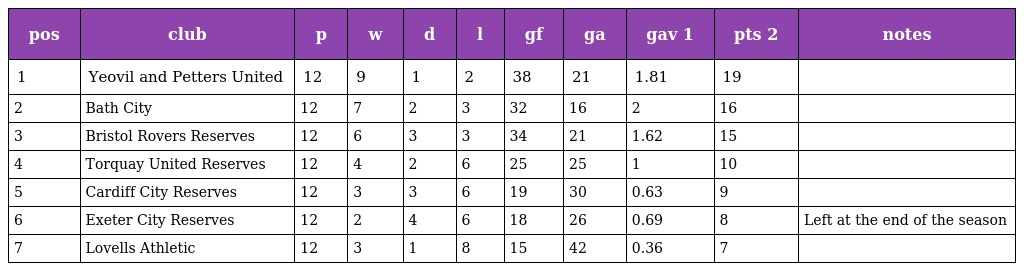
| pos | club | p | w | d | l | gf | ga | gav 1 | pts 2 | notes |
 | --- | --- | --- | --- | --- | --- | --- | --- | --- | --- | --- |
 | 1 | Yeovil and Petters United | 12 | 9 | 1 | 2 | 38 | 21 | 1.81 | 19 |  |
 | 2 | Bath City | 12 | 7 | 2 | 3 | 32 | 16 | 2 | 16 |  |
 | 3 | Bristol Rovers Reserves | 12 | 6 | 3 | 3 | 34 | 21 | 1.62 | 15 |  |
 | 4 | Torquay United Reserves | 12 | 4 | 2 | 6 | 25 | 25 | 1 | 10 |  |
 | 5 | Cardiff City Reserves | 12 | 3 | 3 | 6 | 19 | 30 | 0.63 | 9 |  |
 | 6 | Exeter City Reserves | 12 | 2 | 4 | 6 | 18 | 26 | 0.69 | 8 | Left at the end of the season |
 | 7 | Lovells Athletic | 12 | 3 | 1 | 8 | 15 | 42 | 0.36 | 7 |  |